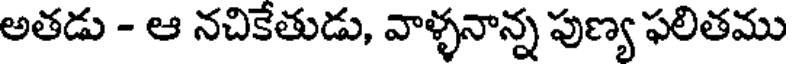
అతడు - ఆ నచికేతుడు, వాళ్ళనాన్న పుణ్య ఫలితము